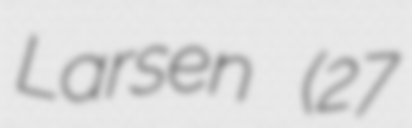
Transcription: Larsen (27